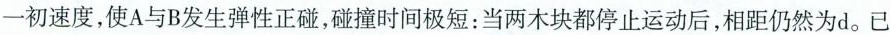
一初速度，使A与B发生弹性正碰，碰撞时间极短：当两木块都停止运动后，相距仍然为d。已